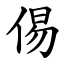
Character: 㑥